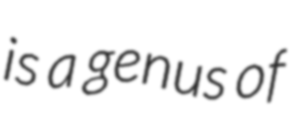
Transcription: is a genus of